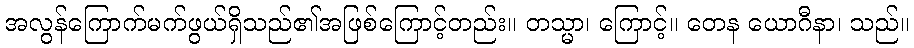
အလွန်ကြောက်မက်ဖွယ်ရှိသည်၏အဖြစ်ကြောင့်တည်း။ တသ္မာ၊ ကြောင့်။ တေန ယောဂီနာ၊ သည်။